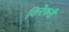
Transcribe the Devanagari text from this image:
किरेफरी